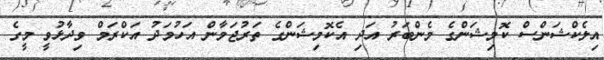
އިލެކްޝަންސް ކޮމިޝަންގެ މެންބަރު އަދި އެކޮމިޝަންގެ ތަރުޖަމާން އަހުމަދު އަކްރަމް ވިދާޅުވީ މީގެ